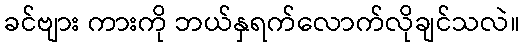
ခင်ဗျား ကားကို ဘယ်နှရက်လောက်လိုချင်သလဲ။